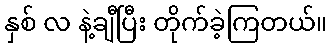
နှစ် လ နဲ့ချီပြီး တိုက်ခဲ့ကြတယ်။